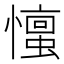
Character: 𪬹